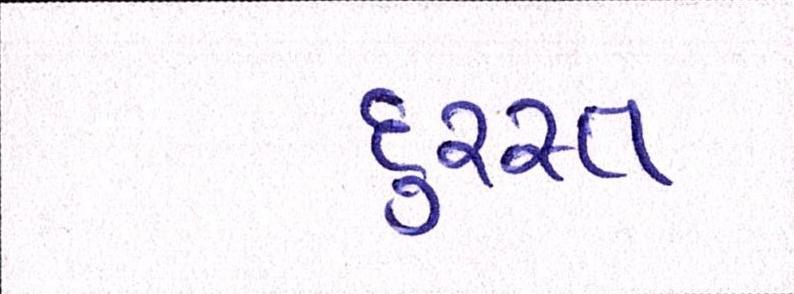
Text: દુરસ્ત